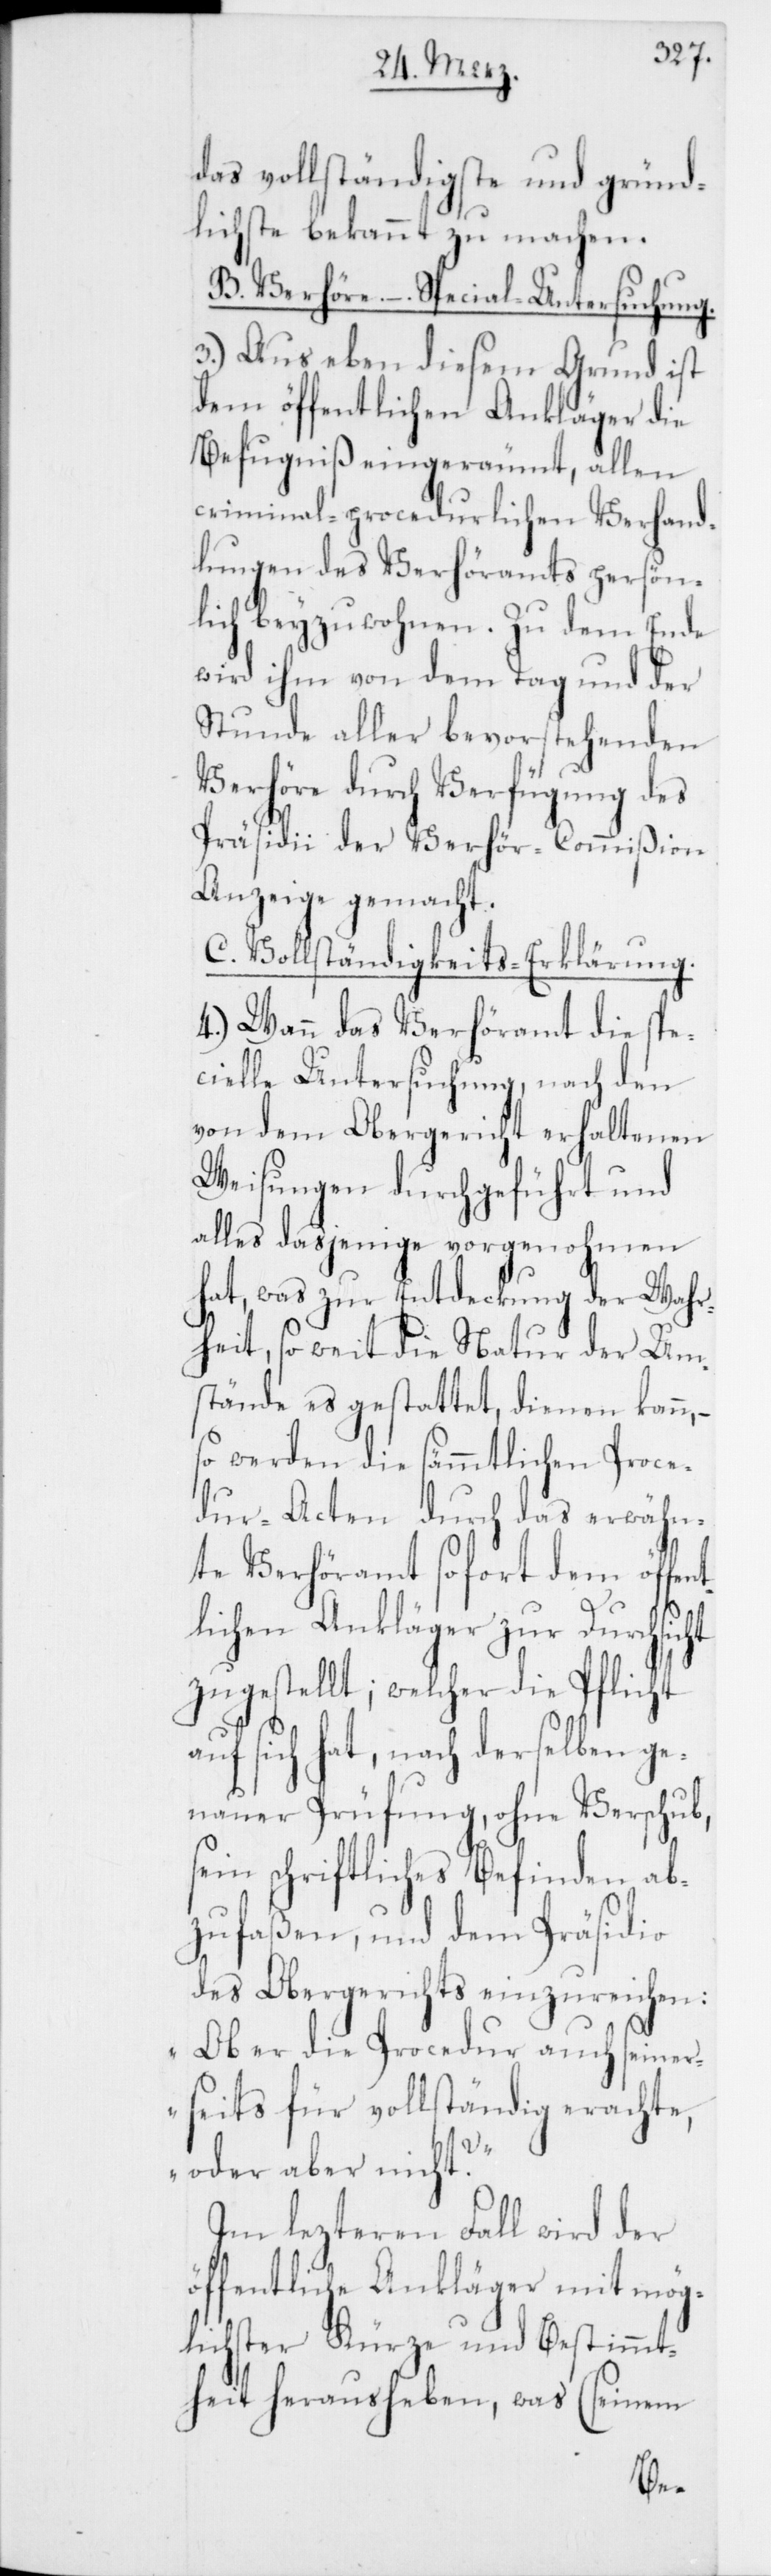
das vollständigste und gründ¬
lichste bekannt zu mach¬
B. Verhöre. – Special-Untersuchung.
3.) Aus eben diesem Grund ist
dem öffentlichen Ankläger die
Befugniß eingeräumt, allen
criminal-procedurlichen Verhand¬
lungen des Verhöramts persön¬
lich beyzuwohnen. Zu dem Ende
wird ihm von dem Tag und der
Stunde aller bevorstehenden
Verhöre durch Verfügung des
Präsidii der Verhör-Commißion
Anzeige gemacht.
C. Vollständigkeits-Erklärung.
4.) Wann das Verhöramt die spe¬
cielle Untersuchung, nach den
von dem Obergericht erhaltenen
Weisungen, durchgeführt und
alles dasjenige vorgenohmen
hat, was zur Entdeckung der Wahr¬
heit, so weit die Natur
Um¬
stände es gestattet, dienen
so werden die sämmtlichen Proce¬
dur-Acten durch das
rachte,
te Verhöramt sofort dem öf¬
tlichen Ankläger zur
mög¬
zugestellt; welcher die Pf¬
auf sich hat, nach derselben ge¬
n¬
nauer Prüfung, ohne Ve¬
sein schriftliches Befin¬
zufaßen, und dem
des Obergerichts einzur¬
„Ob er die Procedur
erseits für vollständig
der
oder aber nicht?“
Im lezteren Fall wird
öffentliche Ankläger
lichster Kürze

und